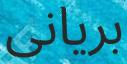
بريانى